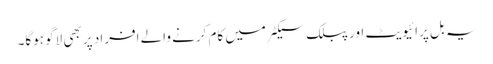
یہ بل پرائیویٹ اور پبلک سیکٹر میں کام کرنے والے افراد پر بھی لاگو ہوگا۔